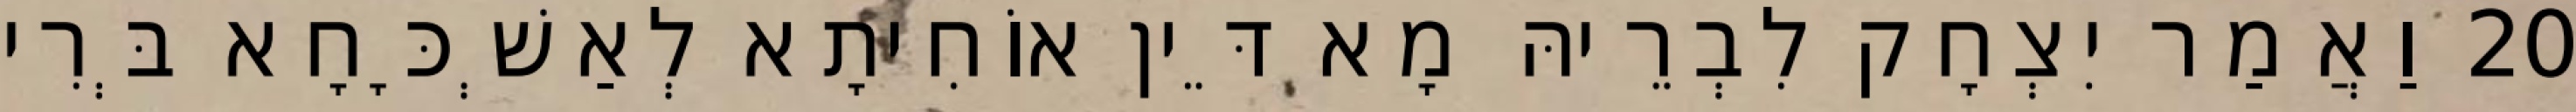
20 וַאֲמַר יִצְחָק לִבְרֵיהּ מָא דֵּין אוֹחִיתָא לְאַשְׁכָּחָא בְּרִי